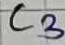
Text: C3